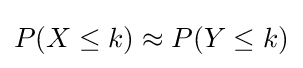
P(X\leq k)\approx P(Y\leq k)